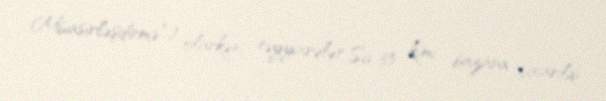
Müasirləşdirmə”) olarkən, təyyarələr Su-35 kimi bazara çıxarıldı.